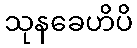
သုနခေဟိပိ